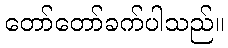
တော်တော်ခက်ပါသည်။